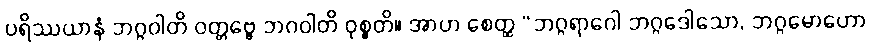
ပရိဿယာနံ ဘဂ္ဂဝါတိ ဝတ္တဗ္ဗေ ဘဂဝါတိ ဝုစ္စတိ။ အာဟ စေတ္ထ “ဘဂ္ဂရာဂေါ ဘဂ္ဂဒေါသော, ဘဂ္ဂမောဟော